Scientific memoirs by medical officers of the Army of India - Part IV,
Year: 1889
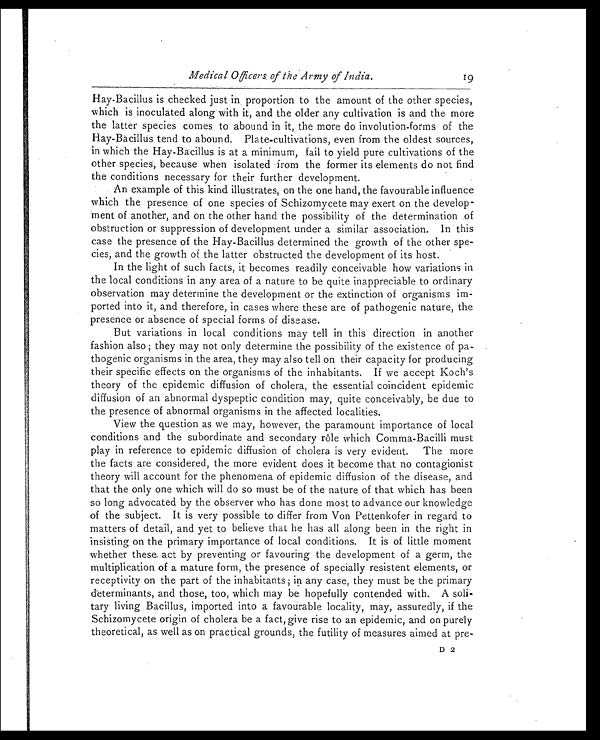
Medical Offiers, of the Army of India.
Hay-Bacillus is checked just in proportion to the amount of the other species,
which is inoculated along with it, and the older any cultivation is and the more
the latter species comes to abound in it, the more do involution-forms of the
Hay-Bacillus tend to abound. Plate-cultivations, even from the oldest sources,
in which the Hay-Bacillus is at a minimum, fail to yield pure cultivations of the
other species, because when isolated from the former its elements do not find
the conditions necessary for their further development.
An example .of this kind illustrates, on the one hand, the favourable influence
which the presence of one species of Schizomycete may exert on the develop
- m e n t o f a n o t h e r , a n d o n t h e o t h e r h a n d t h e p o s s i b i l i t y o f t h e d e t e r m i n a t i o n . o f
obstruction or suppression of development under a similar association. In this
case the presence of the Hay-Bacillus determined the growth of the other spe
- c i e s , a n d t h e g r o w t h o f t h e l a t t e r o b s t r u c t e d t h e d e v e l o p m e n t o f i t s h o s t .
In the light of such facts, it becomes readily conceivable how variations in
the local conditions in any area of a nature to be quite inappreciable to ordinary
observation may determine the development or the extinction of organisms im
- p o r t e d i n t o i t , a n d t h e r e f o r e , i n c a s e s w h e r e t h e s e a r e o f p a t h o g e n i c n a t u r e , t h e
presence or absence of special forms of disease,
But variations in local conditions may tell in this direction in another
fashion also; they may not only determine the possibility of the existence of pa
- t h o g e n i c o r g a n i s m s i n t h e a r e a , t h e y m a y a l s o t e l l o n t h e i r c a p a c i t y f o r p r o d u c i n g
their specific effects on the organisms of the inhabitants. If we accept Koch's
theory of the epidemic diffusion of cholera, the essential coincident epidemic
diffusion of an abnormal dyspeptic condition may, quite conceivably, be due to
the presence of abnormal organisms in the affected localities.
View the question as we may, however, the paramount importance of local
conditions and the subordinate and secondary rôle which Comma-Bacilli must
play in reference to epidemic diffusion of cholera is very evident. The more
the facts are considered, the more evident does it become that no contagionist
theory will account for the phenomena of epidemic diffusion of the disease, and
that the only one which will do so must be of the nature of that which has been
so long advocated by the observer who has done most to advance our knowledge
of the subject. It is very possible to differ from Von Pettenkofer in regard to
matters of detail, and yet to believe that he has all along been in the right in
insisting on the primary importance of local conditions. It is of little moment
whether these. act by preventing or favouring the development of a germ, the
multiplication of a mature form, the presence of specially resistent elements, or
receptivity on the part of the inhabitants; in any case, they must be the primary
determinants, and those, too, which may be hopefully contended with. A soli
- t a r y l i v i n g B a c i l l u s , i m p o r t e d i n t o a f a v o u r a b l e l o c a l i t y , m a y , a s s u r e d l y , i f t h e
Schizomycete origin of cholera be a fact, give rise to an epidemic, and on purely
theoretical, as well as on practical grounds, the futility of measures aimed at pre-
D 2